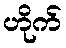
ဟိုက်